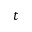
t